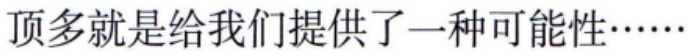
顶多就是给我们提供了一种可能性……